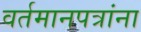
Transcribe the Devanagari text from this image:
वर्तमानपत्रांना